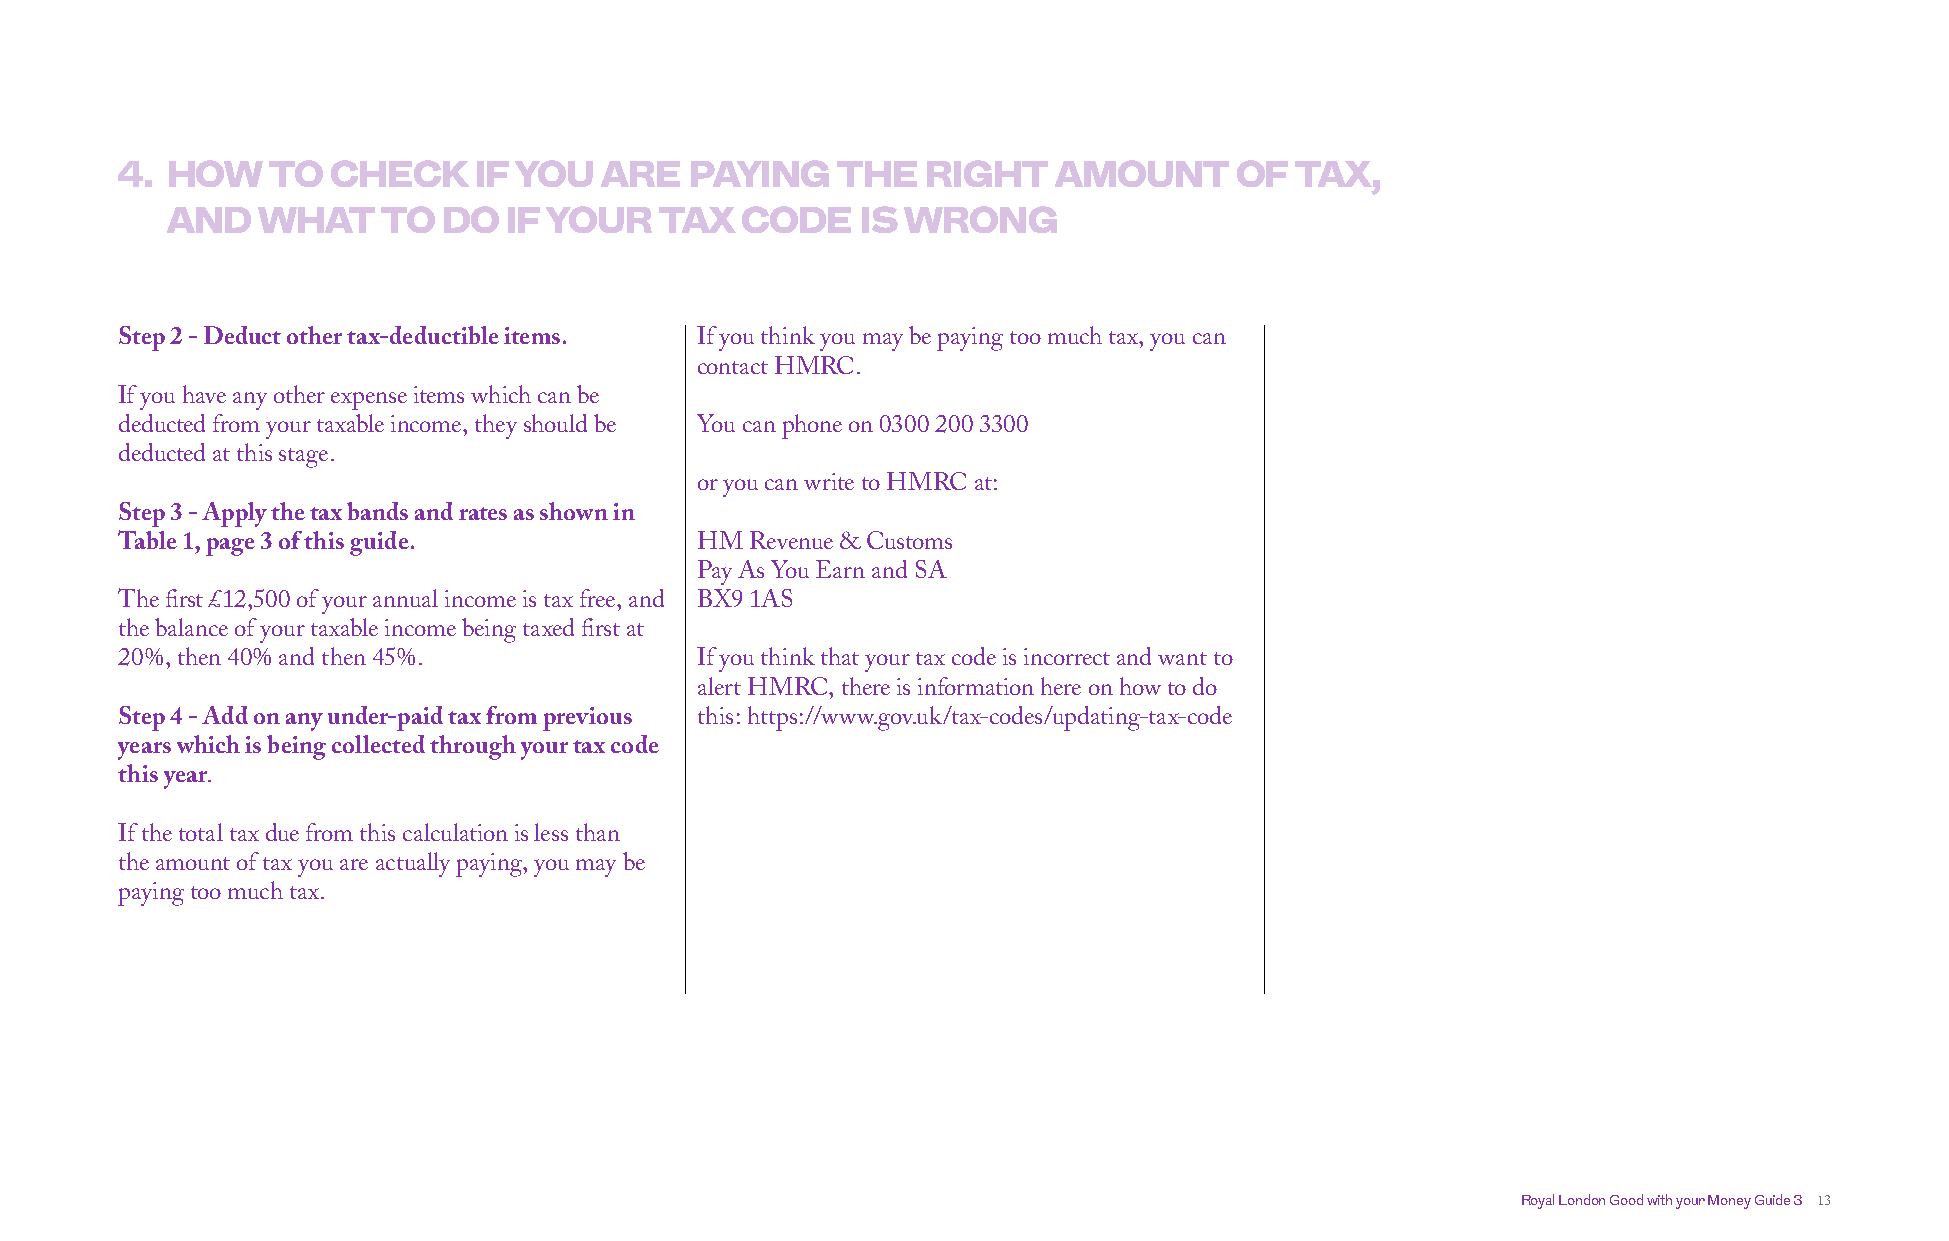
4. HOW    TO  CHECK    IF YOU   ARE   PAYING   THE   RIGHT    AMOUNT      OF  TAX,
 AND   WHAT    TO  DO   IF YOUR   TAX  CODE    IS WRONG
 Step 2 - Deduct other tax-deductible items. If you think you may be paying too much tax, you can
 contact HMRC.
 If you have any other expense items which can be
 deducted from your taxable income, they should be You can phone on 0300 200 3300
 deducted at this stage.
 or you can write to HMRC at:
 Step 3 - Apply the tax bands and rates as shown in
 Table 1, page 3 of this guide.        HM  Revenue & Customs
 Pay As You Earn and SA
 The first £12,500 of your annual income is tax free, and BX9 1AS
 the balance of your taxable income being taxed first at
 20%, then 40% and then 45%.           If you think that your tax code is incorrect and want to
 alert HMRC, there is information here on how to do
 Step 4 - Add on any under-paid tax from previous this: https://www.gov.uk/tax-codes/updating-tax-code
 years which is being collected through your tax code
 this year.
 If the total tax due from this calculation is less than
 the amount of tax you are actually paying, you may be
 paying too much tax.
 Royal London Good with your Money Guide 3 13